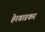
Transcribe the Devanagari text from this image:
हेरवाडकर